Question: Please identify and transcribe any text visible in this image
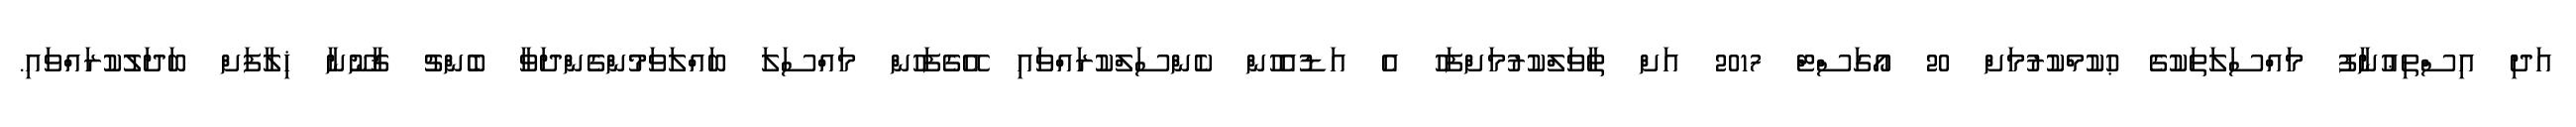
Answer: އަދި އިސްތިޢުނާފު މައްސަލަތަކުގެ ޙުކުމްކުރުމަށް 20 އޯގަސްޓް 2017 އަށް ތާވަލްކުރުމަށްފަހު އެ އަޑުއެހުން ކެންސަލްކުރައްވައި އޭގެފަހުން މައްސަލަ ބައްލަވަމުންގެންދަވާ ބެންޗު ޤާނޫނާ ޚިލާފަށް ބަދަލުކުރައްވައި.